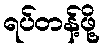
ရပ်တန့်ဖို့